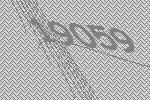
19059